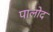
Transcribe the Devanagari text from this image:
पालोद